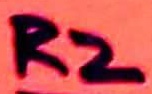
Text: R2